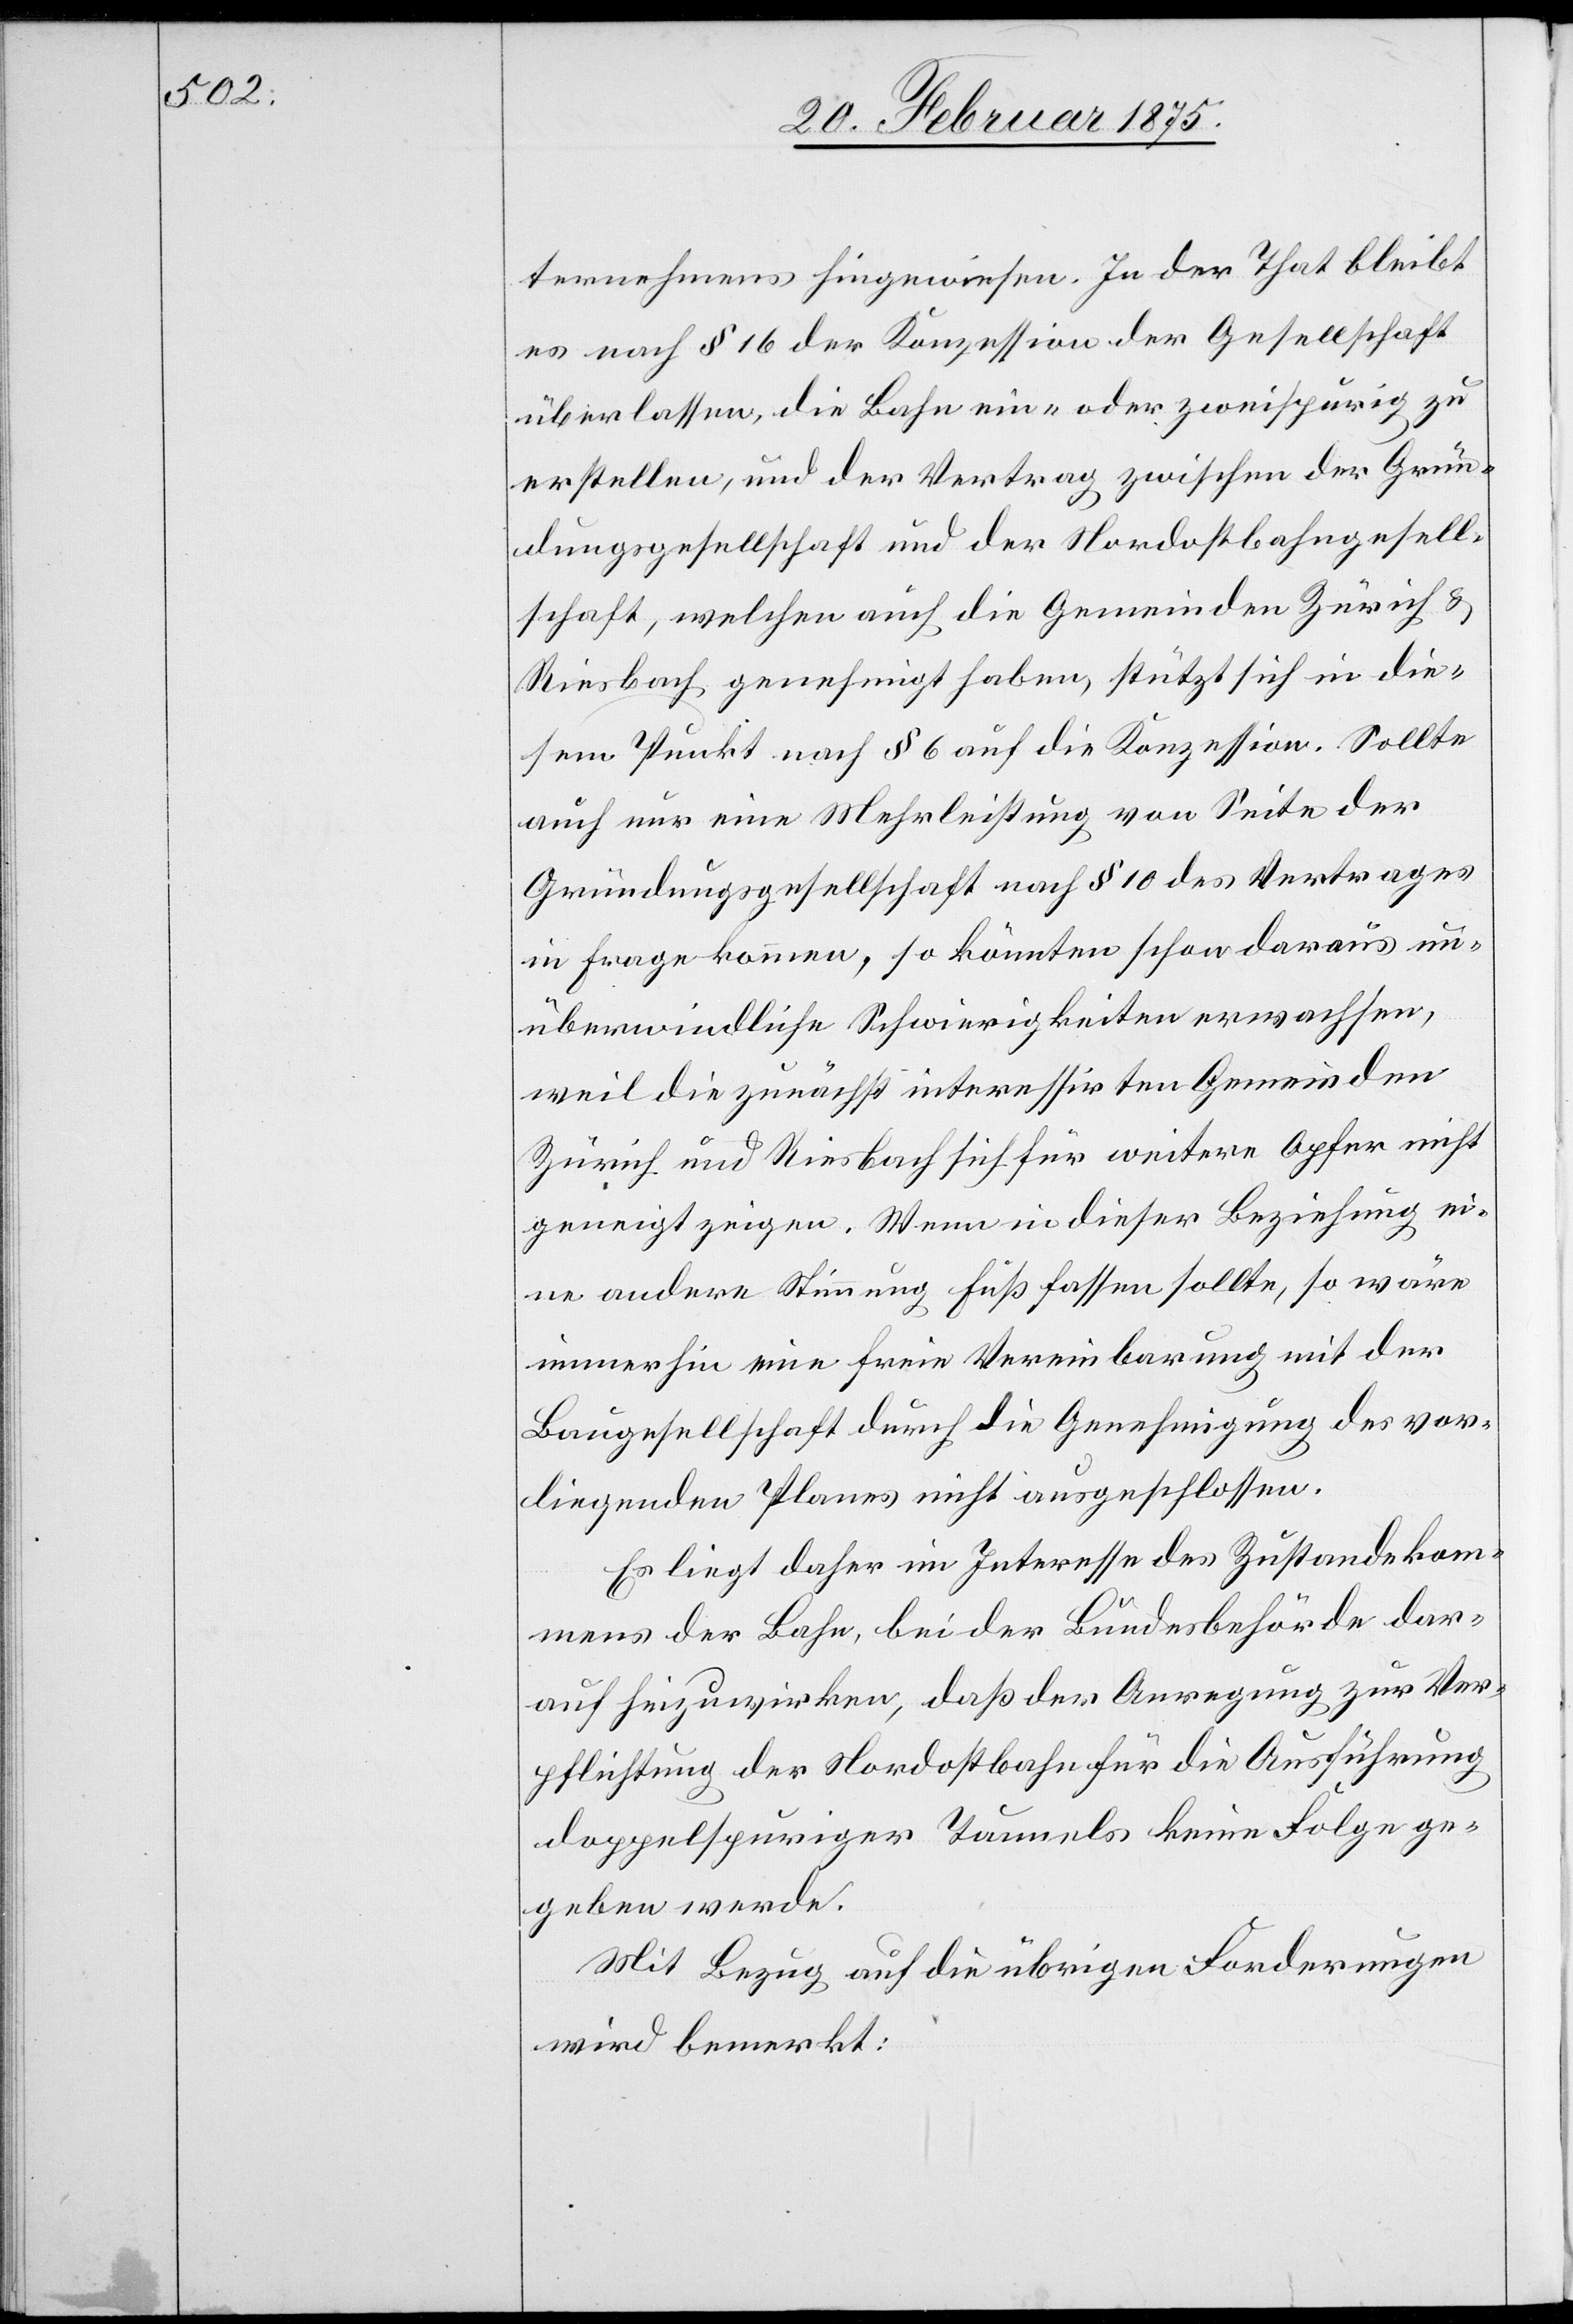
ternehmens hingewiesen. In der That bleibt
es nach § 16 der Konzession der Gesellschaft
überlassen, die Bahn ein- oder zweispurig zu
erstellen, und der Vertrag zwischen der Grün¬
dungsgesellschaft und der Nordostbahngesell¬
schaft, welchen auch die Gemeinden Zürich &
Riesbach genehmigt haben, stützt sich in die¬
sem Punkt nach § 6 auf die Konzession. Sollte
auch nur eine Mehrleistung von Seite der
Gründungsgesellschaft nach § 10 des Vertrages
in Frage kommen, so könnten schon daraus un¬
überwindliche Schwierigkeiten erwachsen,
weil die zunächst interessirten Gemeinden
geneigt zeigen. Wenn in dieser Beziehung ei¬
ne andere Stimmung Fuß fassen sollte, so wäre
immerhin eine freie Vereinbarung mit der
Baugesellschaft durch die Genehmigung des vor¬
liegenden Planes nicht ausgeschlossen.
Es liegt daher im Interesse des Zustandekom¬
mens der Bahn, bei der Bundesbehörde dar¬
auf hinzuwirken, daß der Anregung zur Ver¬
pflichtung der Nordostbahn für die Ausführung
doppelspuriger Tunnels keine Folge ge¬
geben werde.
Mit Bezug auf die übrigen Forderungen
wird bemerkt: